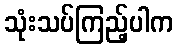
သုံးသပ်ကြည့်ပါက